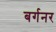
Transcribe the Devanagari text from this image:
बर्गनर